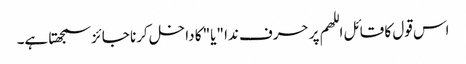
اس قول کا قائل اللھم پر حرف ندا "یا" کا داخل کرنا جائز سمجھتا ہے۔